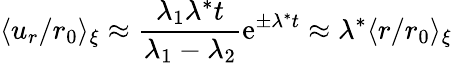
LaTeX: \langle u_{r}/r_{0}\rangle_{\xi}\approx\frac{\lambda_{1}\lambda^{*}t}{\lambda_{1}-\lambda_{2}}\mathrm{e}^{\pm\lambda^{*}t}\approx\lambda^{*}\langle r/r_{0}\rangle_{\xi}